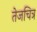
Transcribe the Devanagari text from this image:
तेजचित्र